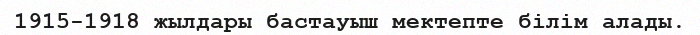
1915-1918 жылдары бастауыш мектепте білім алады.